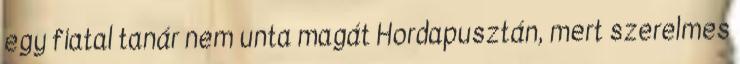
egy fiatal tanár nem unta magát Hordapusztán, mert szerelmes